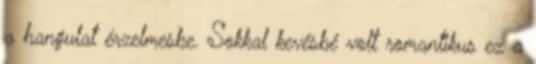
a hangulat érzelmesbe. Sokkal kevésbé volt romantikus ez a